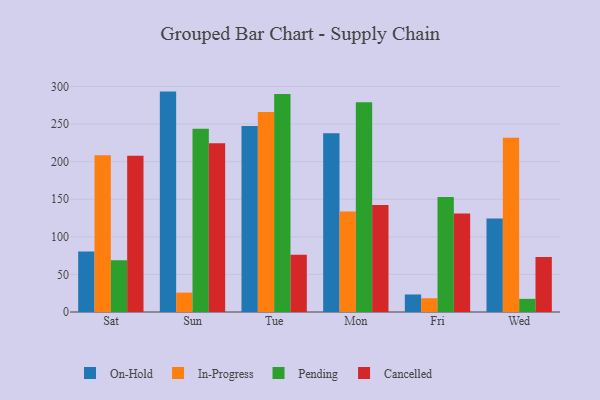
{"axis": {"x": "Day", "y": "Tickets Resolved"}, "legend": ["Cancelled", "In-Progress", "On-Hold", "Pending"], "data": [{"x": "Sat", "y": 80.5, "type": "On-Hold"}, {"x": "Sat", "y": 208.4, "type": "In-Progress"}, {"x": "Sat", "y": 68.8, "type": "Pending"}, {"x": "Sat", "y": 207.9, "type": "Cancelled"}, {"x": "Sun", "y": 293.2, "type": "On-Hold"}, {"x": "Sun", "y": 25.8, "type": "In-Progress"}, {"x": "Sun", "y": 243.9, "type": "Pending"}, {"x": "Sun", "y": 224.5, "type": "Cancelled"}, {"x": "Tue", "y": 247.5, "type": "On-Hold"}, {"x": "Tue", "y": 266.0, "type": "In-Progress"}, {"x": "Tue", "y": 289.9, "type": "Pending"}, {"x": "Tue", "y": 76.0, "type": "Cancelled"}, {"x": "Mon", "y": 237.8, "type": "On-Hold"}, {"x": "Mon", "y": 133.8, "type": "In-Progress"}, {"x": "Mon", "y": 279.0, "type": "Pending"}, {"x": "Mon", "y": 142.5, "type": "Cancelled"}, {"x": "Fri", "y": 23.3, "type": "On-Hold"}, {"x": "Fri", "y": 18.3, "type": "In-Progress"}, {"x": "Fri", "y": 152.9, "type": "Pending"}, {"x": "Fri", "y": 131.2, "type": "Cancelled"}, {"x": "Wed", "y": 124.3, "type": "On-Hold"}, {"x": "Wed", "y": 231.9, "type": "In-Progress"}, {"x": "Wed", "y": 17.5, "type": "Pending"}, {"x": "Wed", "y": 73.3, "type": "Cancelled"}]}